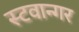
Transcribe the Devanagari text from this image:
स्टवान्गर